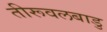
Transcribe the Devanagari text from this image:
तीरूवलबाडु